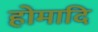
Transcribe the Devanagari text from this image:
होमादि